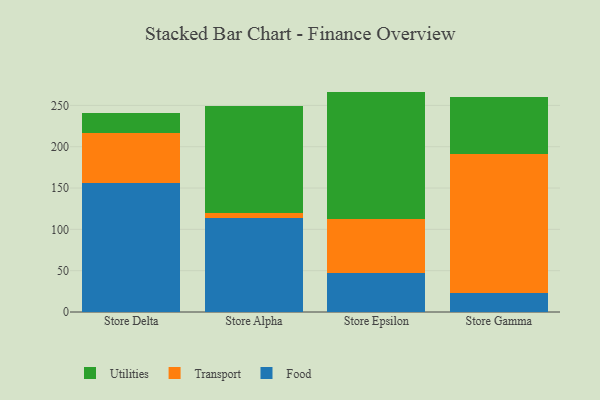
{"axis": {"x": "Store", "y": "Humidity (%)"}, "legend": ["Food", "Transport", "Utilities"], "data": [{"x": "Store Delta", "y": 156.5, "type": "Food"}, {"x": "Store Delta", "y": 59.9, "type": "Transport"}, {"x": "Store Delta", "y": 24.1, "type": "Utilities"}, {"x": "Store Alpha", "y": 113.8, "type": "Food"}, {"x": "Store Alpha", "y": 5.6, "type": "Transport"}, {"x": "Store Alpha", "y": 129.4, "type": "Utilities"}, {"x": "Store Epsilon", "y": 47.1, "type": "Food"}, {"x": "Store Epsilon", "y": 65.1, "type": "Transport"}, {"x": "Store Epsilon", "y": 154.5, "type": "Utilities"}, {"x": "Store Gamma", "y": 23.4, "type": "Food"}, {"x": "Store Gamma", "y": 168.2, "type": "Transport"}, {"x": "Store Gamma", "y": 68.9, "type": "Utilities"}]}